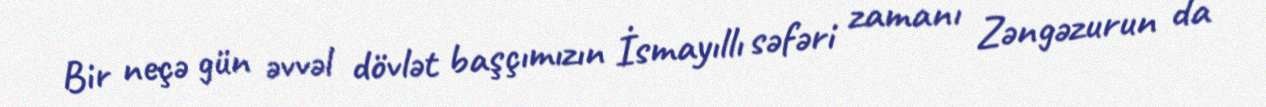
Bir neçə gün əvvəl dövlət başçımızın İsmayıllı səfəri zamanı Zəngəzurun da